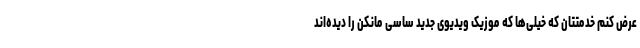
عرض کنم خدمتتان که خیلی‌ها که موزیک ویدیوی جدید ساسی مانکن را دیده‌اند